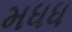
મધધ